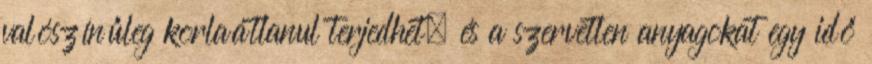
valószínűleg korlaátlanul terjedhet, és a szervetlen anyagokat egy idő